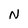
Character: N